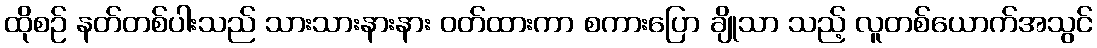
ထိုစဉ် နတ်တစ်ပါးသည် သားသားနားနား ဝတ်ထားကာ စကားပြော ချိုသာ သည့် လူတစ်ယောက်အသွင်